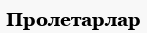
Пролетарлар